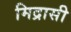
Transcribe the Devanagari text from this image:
मिद्रासी